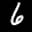
Label: 6